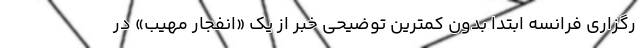
رگزاری فرانسه ابتدا بدون کمترین توضیحی خبر از یک «انفجار مهیب» در